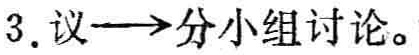
3. 议$\longrightarrow$分小组讨论。